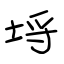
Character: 埒